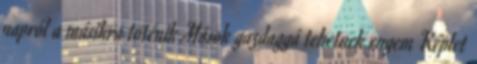
napról a másikra töténik Mások gazdaggá tehetnek engem Képlet